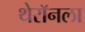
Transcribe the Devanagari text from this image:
थेरॉनला